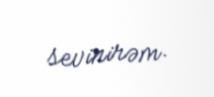
sevinirəm.